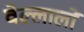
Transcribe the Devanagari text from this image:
वेल्लालों